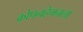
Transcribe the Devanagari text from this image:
कोपनहेगनला